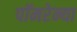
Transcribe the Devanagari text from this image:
पॉमरेन्या